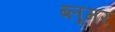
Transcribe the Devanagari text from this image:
ब्लूमर